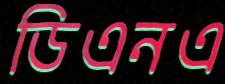
ডিএনএ